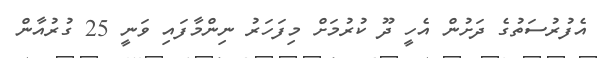
އެފުރުސަތުގެ ދަށުން އެހީ ދޫ ކުރުމަށް މިފަހަރު ނިންމާފައި ވަނީ 25 ގުރުއާން